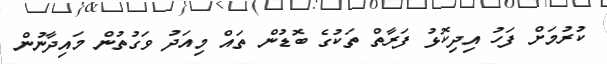
ކުރުމަށް ފަހު އިދިކޮޅު ފަރާތް ތަކުގެ ބޮޑުން ތައް މިއަދު ވަގުތުން މައިދާނުން